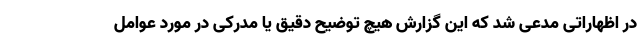
در اظهاراتی مدعی شد که این گزارش هیچ توضیح دقیق یا مدرکی در مورد عوامل